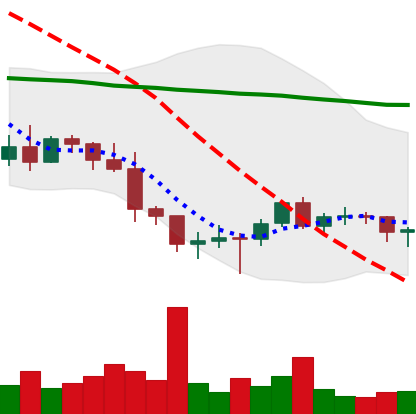
Ticker: BTC-USD
Chart end date: 2022-01-18
Forward return: -14.392%
Label: down_7plus